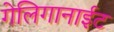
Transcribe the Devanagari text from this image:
गेलिगानाईट